Report on malaria in the Punjab during the year ...  together with an account of the work of the Punjab Malaria Bureau - Volume 6
Disease focus: Malaria
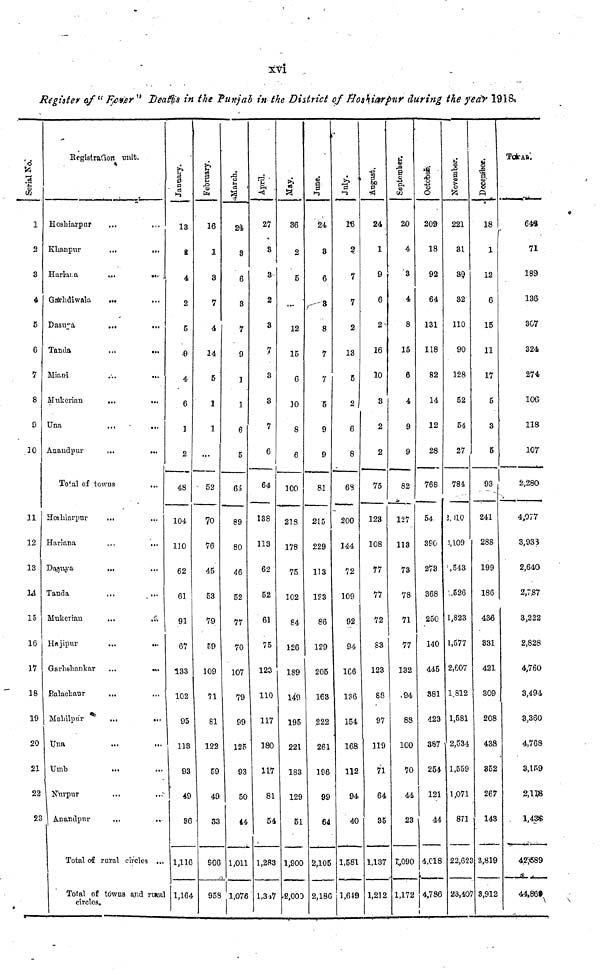
xvi
Register of "Fever " Deaths in the Punjab in the District of Hoshiarpur during the year 1918,
serial No.
1
2
3
4
5
6
7
8
0
30
11
12
13
14
15
16
17
18
19
20
21
22
23
Registration unit.
Hoshiarpur ... ...
Khanpur
...
...
Hariana
...
....
Garhdiwala
... ...
Dasuya
...
...
Tanda
...
...
Miani
....
...
Mukerian
... ...
Una
...
...
Anandpur
...
...
Total of towns
...
Hoshiarpur
... ...
Hariana
...
...
Dasuyra
... ...
Tanda ... ...
Mukerian
...
...
Hajipur
...
...
Garshankar
...
...
Balachaur ... ....
Mahilpur
...
...
Una ... ...
Umb ... ...
Nurpur ... ...
Anandpur
...
...
Total of rural circles ...
Total of towns and rural
circles.
January
13
2
4
2
5
0
4
6
1
2
48
104
110
62
61
91
67
133
102
95
113
93
49
36
1,116
1,164
February.
16
1
3
7
4
14
5
1
1
...
52
70
76
45
53
79
59
109
71
81
122
59
49
33
906
958
March.
24
3
6
3
7
9
1
1
6
5
65
89
80
46
52
77
70
107
79
99
125
93
50
44
1,011
1,076
April.
27
8
3
2
3
7
3
3
7
6
64
138
113
62
52
61
75
123
110
117
180
117
81
54
1,283
1,347
May.
36
2
5
..-
12
15
6
30
8
6
100
218
178
75
102
84
126
189
149
195
221
183
129
51
1,900
2,000
June.
24
3
6
3
8
7
7
5
9
9
81
215
229
113
123
86
129
205
163
222
261
196
99
64
2,105
2,186
July.
16
2
7
7
2
13
5
2
6
8
68
200
144
72
109
92
94
166
136
154
168
112
94
40
1,581
1,649
24
1
9
6
2
16
10
3
2
2
75
123
108
77
77
72
83
123
88
97
119
71
64
35
1,137
1,212
September.
20
4
3
4
8
15
6
4
9
9
82
127
113
73
78
71
77
132
94
88
100
70
44
23
1,090
1,172
October.
209
18
92
64
131
118
82
14
12
28
768
390
273
368
250
140
445
381
423
387
254
121
44
4,018
4,786
November.
221
31
39
32
110
90
128
52
54
27
784
2,010
2,109
1,543
1,526
1,823
1,577
2,607
1,812
1,581
2,534
1,559
1,071
871
22,62;
23,107
December.
18
1
12
6
15
11
17
5
3
5
93
241
288
199
186
436
331
421
309
208
438
352
267
143
3,819
3,912
TOTAL.
648
71
189
136
307
324
274
106
118
107
2,280
4,077
3,938
2,640
2,787
3,222
2,828
4,760
3,494
3,360
4,768
3,159
2,118
1,438
42,589
44,869